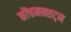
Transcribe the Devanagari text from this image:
कोंचमक्शट्म